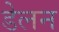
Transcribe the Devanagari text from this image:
डेलन